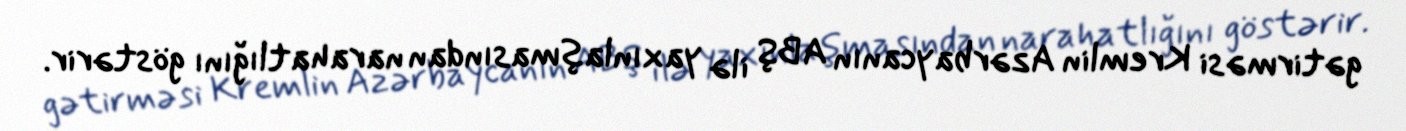
gətirməsi Kremlin Azərbaycanın ABŞ ilə yaxınlaşmasından narahatlığını göstərir.